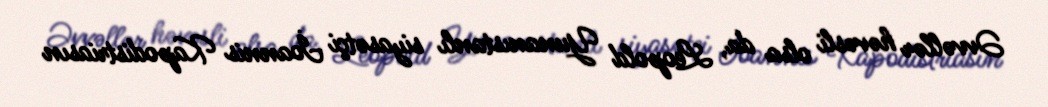
Əvvəllər həvəsli olsa da, Leopold Yunanıstanlı siyasətçi İoannis Kapodistriasın